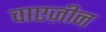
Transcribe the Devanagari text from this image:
वाएज़ीन